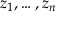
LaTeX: z _ { 1 } , \dotsc , z _ { n }